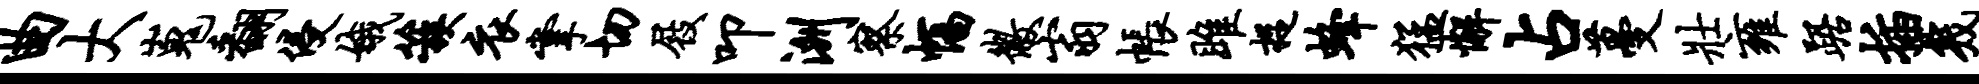
曲大嵬翻侵娥簇衣掌切屐叩洲察幅徽翁帐雎捉蜂猛懈占蔓壮雍踞插几